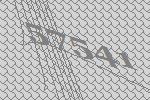
57541